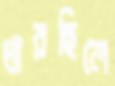
ধারছিলে